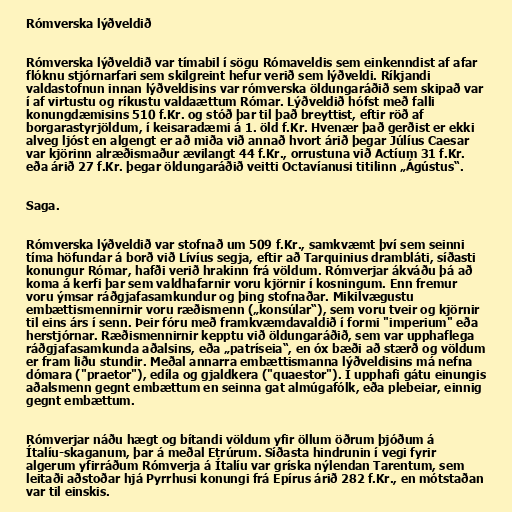
Rómverska lýðveldið

Rómverska lýðveldið var tímabil í sögu Rómaveldis sem einkenndist af afar
flóknu stjórnarfari sem skilgreint hefur verið sem lýðveldi. Ríkjandi
valdastofnun innan lýðveldisins var rómverska öldungaráðið sem skipað var
í af virtustu og ríkustu valdaættum Rómar. Lýðveldið hófst með falli
konungdæmisins 510 f.Kr. og stóð þar til það breyttist, eftir röð af
borgarastyrjöldum, í keisaradæmi á 1. öld f.Kr. Hvenær það gerðist er ekki
alveg ljóst en algengt er að miða við annað hvort árið þegar Júlíus Caesar
var kjörinn alræðismaður ævilangt 44 f.Kr., orrustuna við Actíum 31 f.Kr.
eða árið 27 f.Kr. þegar öldungaráðið veitti Octavíanusi titilinn „Ágústus“.

Saga.

Rómverska lýðveldið var stofnað um 509 f.Kr., samkvæmt því sem seinni
tíma höfundar á borð við Lívíus segja, eftir að Tarquinius drambláti, síðasti
konungur Rómar, hafði verið hrakinn frá völdum. Rómverjar ákváðu þá að
koma á kerfi þar sem valdhafarnir voru kjörnir í kosningum. Enn fremur
voru ýmsar ráðgjafasamkundur og þing stofnaðar. Mikilvægustu
embættismennirnir voru ræðismenn („konsúlar“), sem voru tveir og kjörnir
til eins árs í senn. Þeir fóru með framkvæmdavaldið í formi "imperium" eða
herstjórnar. Ræðismennirnir kepptu við öldungaráðið, sem var upphaflega
ráðgjafasamkunda aðalsins, eða „patríseia“, en óx bæði að stærð og völdum
er fram liðu stundir. Meðal annarra embættismanna lýðveldisins má nefna
dómara ("praetor"), edíla og gjaldkera ("quaestor"). Í upphafi gátu einungis
aðalsmenn gegnt embættum en seinna gat almúgafólk, eða plebeiar, einnig
gegnt embættum.

Rómverjar náðu hægt og bítandi völdum yfir öllum öðrum þjóðum á
Ítalíu-skaganum, þar á meðal Etrúrum. Síðasta hindrunin í vegi fyrir
algerum yfirráðum Rómverja á Ítalíu var gríska nýlendan Tarentum, sem
leitaði aðstoðar hjá Pyrrhusi konungi frá Epírus árið 282 f.Kr., en mótstaðan
var til einskis.